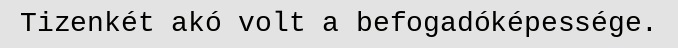
Tizenkét akó volt a befogadóképessége.